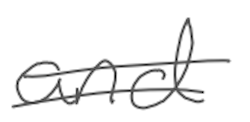
Text: and
Cross-out: double-line
Writing tool: digital_gray